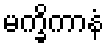
မက္ခိကာနံ